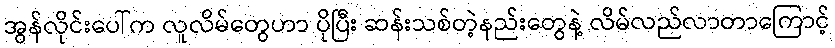
အွန်လိုင်းပေါ်က လူလိမ်တွေဟာ ပိုပြီး ဆန်းသစ်တဲ့နည်းတွေနဲ့ လိမ်လည်လာတာကြောင့်